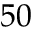
5 0